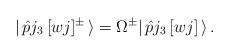
LaTeX: \begin{align*}|\,\hat{p}j_{3}\,[wj]^{\pm}\,\rangle=\Omega^{\pm}|\,\hat{p}j_{3}\,[wj]\,\rangle\, .\end{align*}